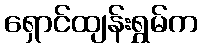
ရှောင်ထျန်းရွှမ်က